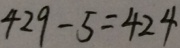
4 2 9 - 5 = 4 2 4